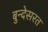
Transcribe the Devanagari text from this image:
बुन्देसरत